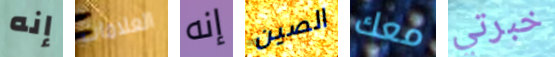
إنه العلامات إنه الصين معك خبرتي